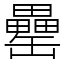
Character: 罍